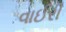
વાઈરી